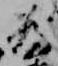
為